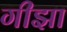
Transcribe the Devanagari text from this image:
गीझा